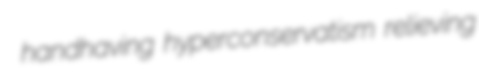
handhaving hyperconservatism relieving